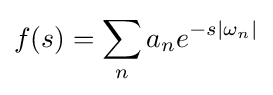
f(s)=\sum _{n}a_{n}e^{-s|\omega _{n}|}